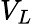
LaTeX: V_{L}